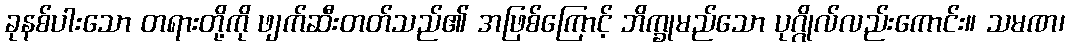
ခုနစ်ပါးသော တရားတို့ကို ဖျက်ဆီးတတ်သည်၏ အဖြစ်ကြောင့် ဘိက္ခုမည်သော ပုဂ္ဂိုလ်လည်းကောင်း။ သမဏ၊